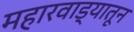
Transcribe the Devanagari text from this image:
महारवाड्यातून